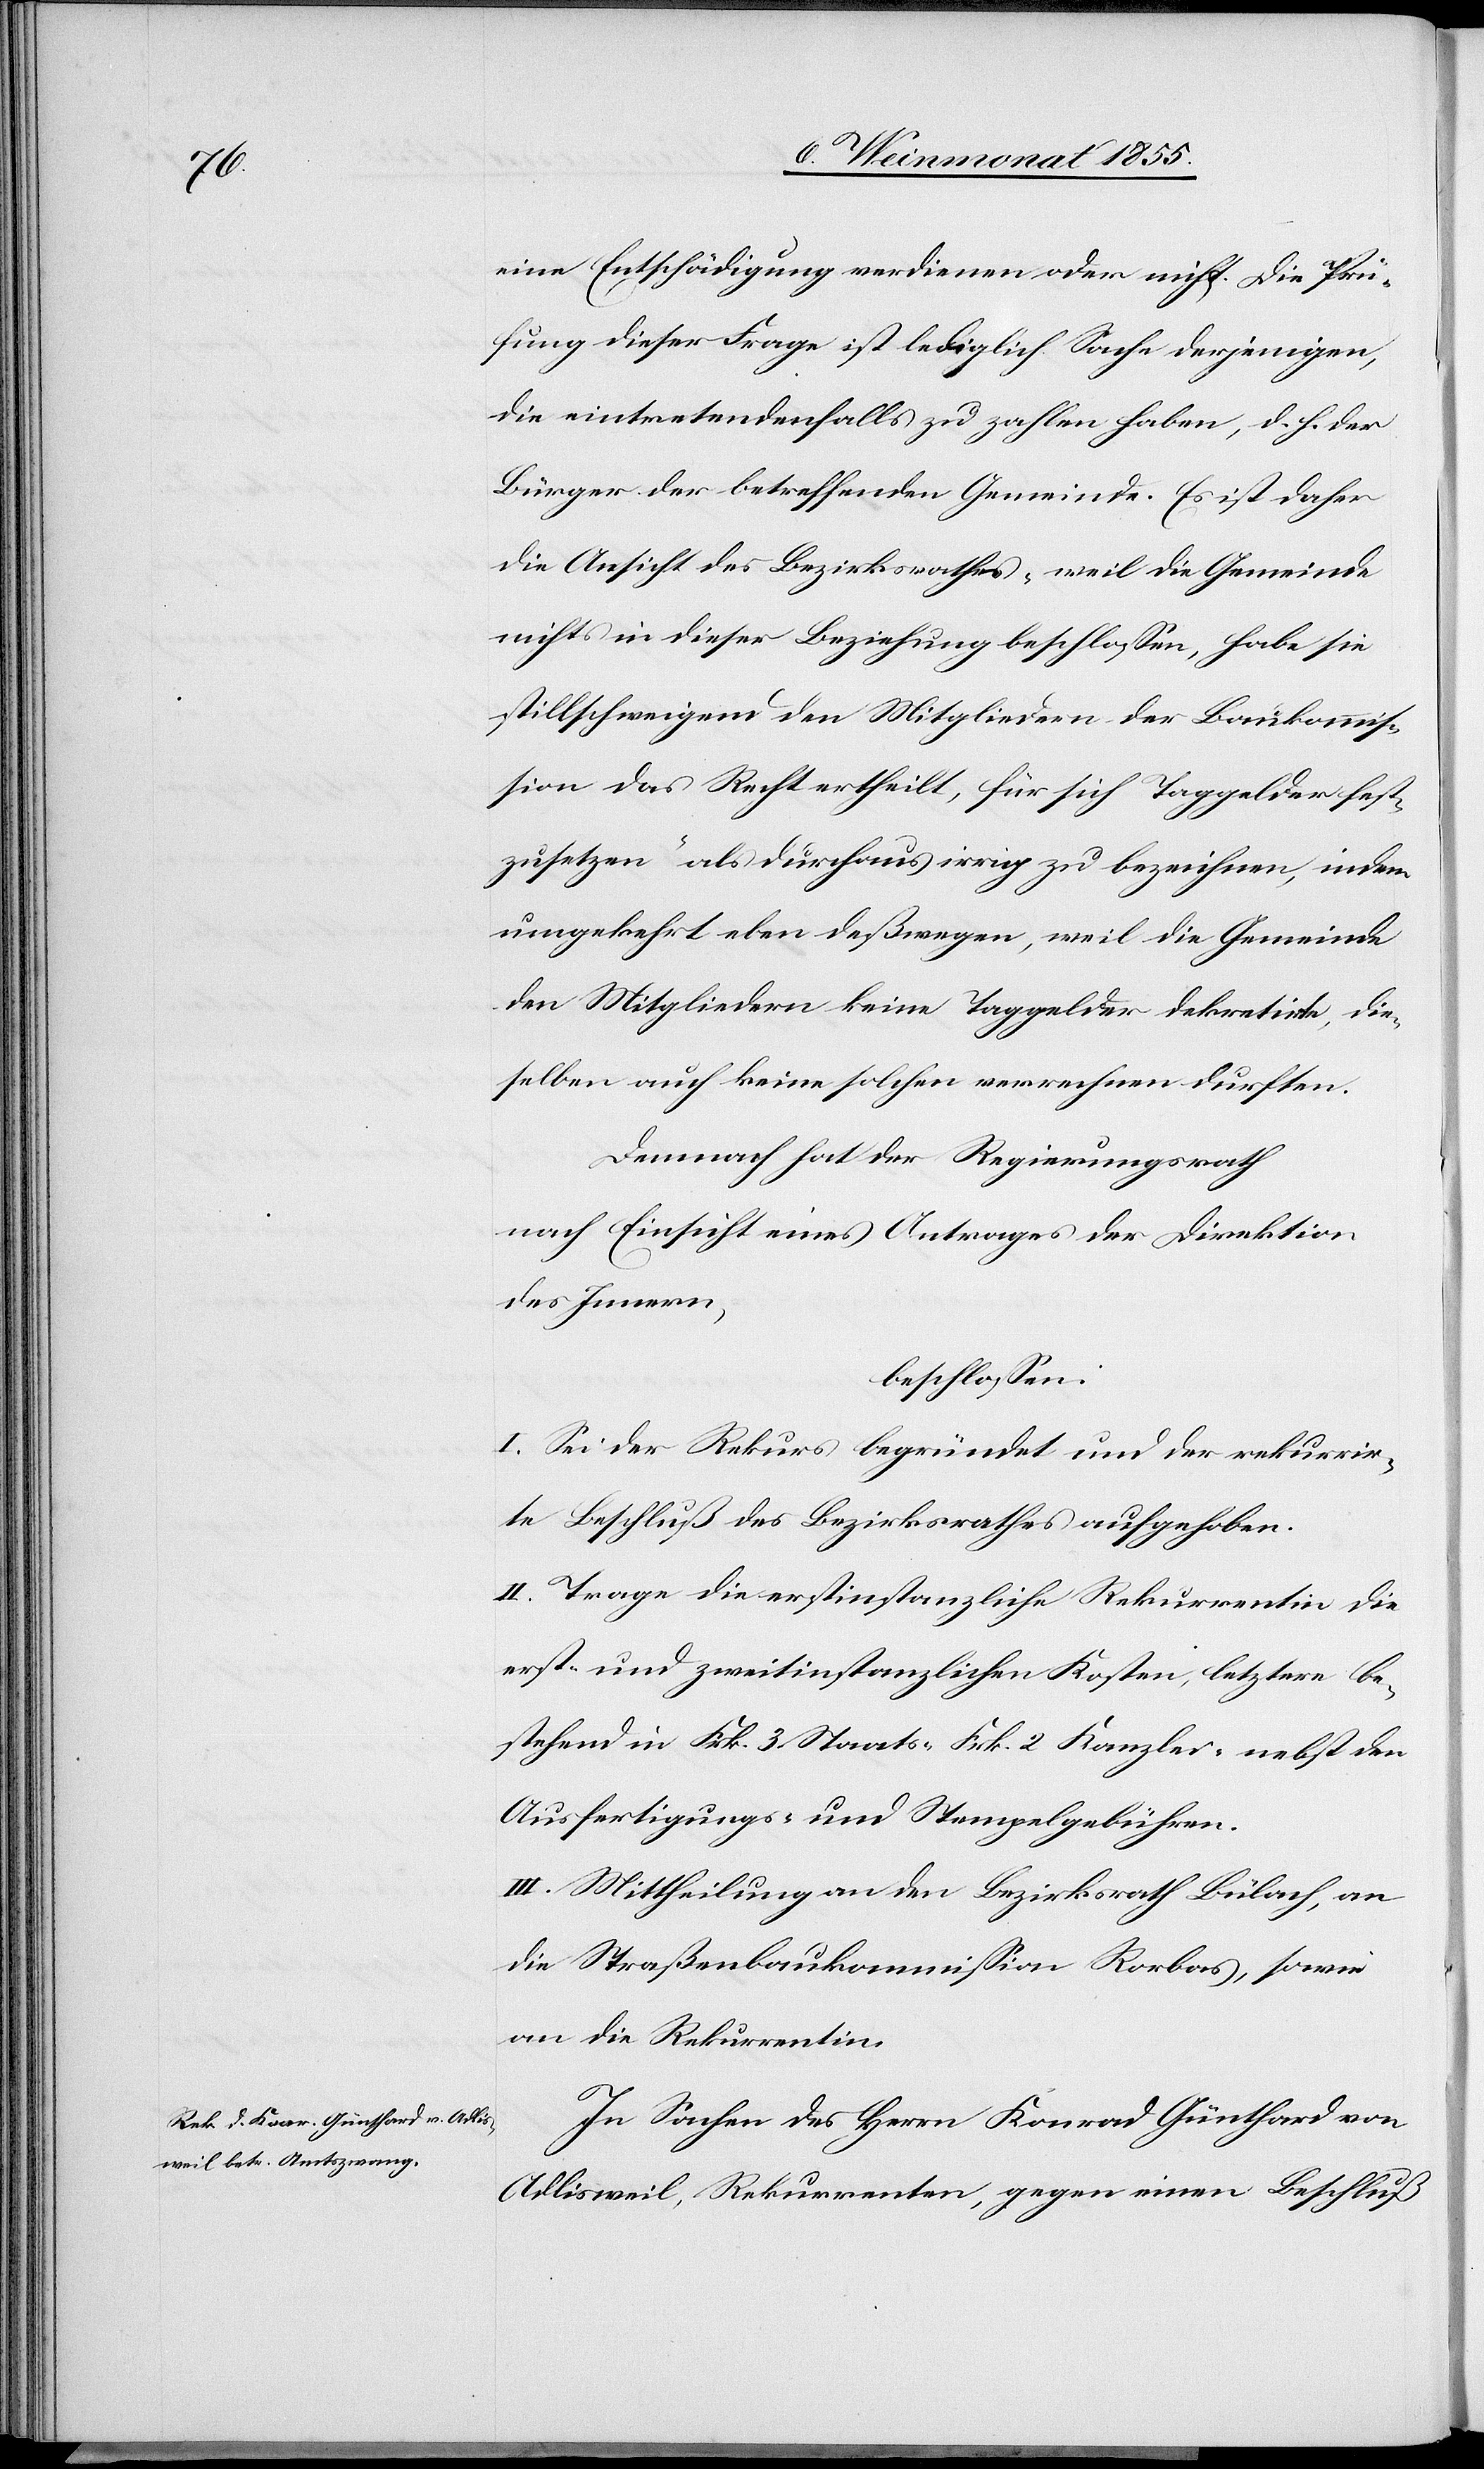
eine Entschädigung verdienen oder nicht. Die Prü¬
fung dieser Frage ist lediglich Sache derjenigen,
die eintretendenfalls zu zahlen haben, d. h. der
Bürger der betreffenden Gemeinde. Es ist daher
die Ansicht des Bezirksrathes „weil die Gemeinde
nichts in dieser Beziehung beschlossen, habe sie
stillschweigend den Mitgliedern der Baukommis¬
sion das Recht ertheilt, für sich Taggelder fest¬
zusetzen“ als durchaus irrig zu bezeichnen, indem
umgekehrt eben deßwegen, weil die Gemeinde
den Mitgliedern keine Taggelder dekretirte, die¬
selben auch keine solchen verrechnen durften.
Demnach hat der Regierungsrath
nach Einsicht eines Antrages der Direktion
des Innern,
beschlossen:
I. Sei der Rekurs begründet und der rekurrir¬
te Beschluß des Bezirksrathes aufgehoben.
II. Trage die erstinstanzliche Rekurrentin die
erst- und zweitinstanzlichen Kosten, letztere be¬
stehend in Frk. 3 Staats-[,] Frk. 2 Kanzlei-[,] nebst den
Ausfertigungs- und Stempelgebühren.
III. Mittheilung an den Bezirksrath Bülach, an
die Straßenbaukommission Rorbas, sowie
an die Rekurrentin.
In Sachen des Herrn Konrad Günthard von
Adlisweil, Rekurrenten, gegen einen Beschluß